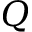
Q